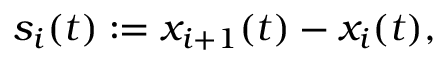
s _ { i } ( t ) : = x _ { i + 1 } ( t ) - x _ { i } ( t ) ,